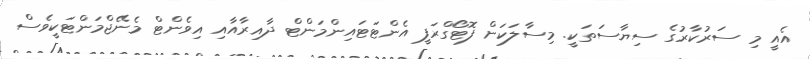
އެއީ މި ސަރުކާރުގެ ސިޔާސަތަކީ. މިސާލަކަށް ފޮޓޯގްރަފީ އެންޓަޓައިންމަންޓް ދާއިރާއާއި އިވެންޓް މެނޭޖްމަންޓަކީވެސް